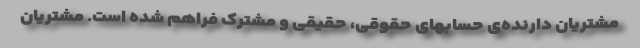
مشتریان دارنده‌ی حسابهای حقوقی، حقیقی و مشترک فراهم شده است. مشتریان